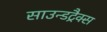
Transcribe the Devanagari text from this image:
साउन्डट्रैक्स